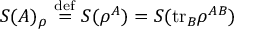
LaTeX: S ( A ) _ { \rho } \ { \stackrel { \mathrm { d e f } } { = } } \ S ( \rho ^ { A } ) = S ( \mathrm { t r } _ { B } \rho ^ { A B } )